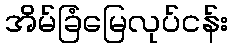
အိမ်ခြံမြေလုပ်ငန်း